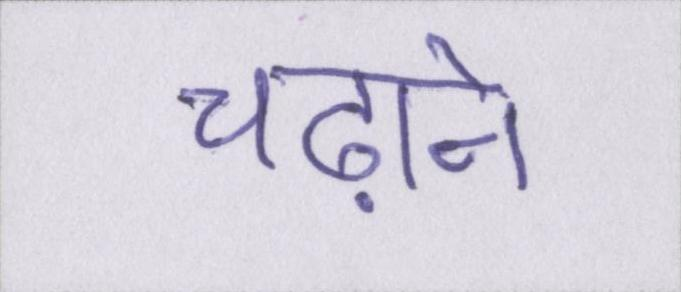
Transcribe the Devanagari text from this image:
चढ़ाने